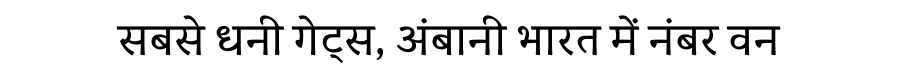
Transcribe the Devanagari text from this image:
सबसे धनी गेट्स, अंबानी भारत में नंबर वन